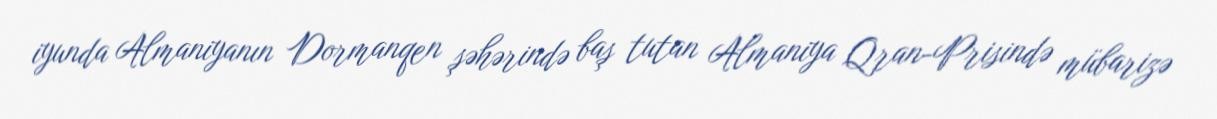
iyunda Almaniyanın Dormanqen şəhərində baş tutan Almaniya Qran-Prisində mübarizə